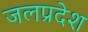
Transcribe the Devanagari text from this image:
जलप्रदेश